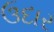
ઉદાર